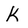
Character: K